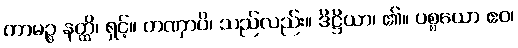
ကာမဉ္စ နတ္ထိ၊ ရှင့်။ တဏှာပိ၊ သည်လည်း။ ဒိဋ္ဌိယာ၊ ၏။ ပစ္စယော ဧဝ၊